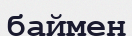
баймен